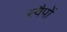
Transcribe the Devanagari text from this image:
स्वैपों